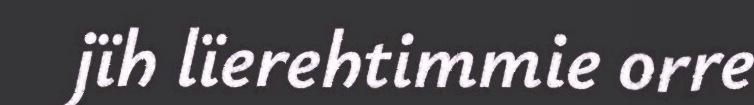
jïh lïerehtimmie orre